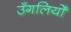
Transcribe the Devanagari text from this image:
उँगलियोँ